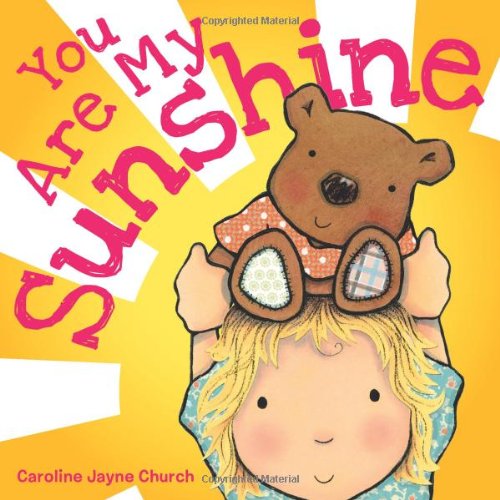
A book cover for You Are My Sunshine; Jimmie Davis; Children's Books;